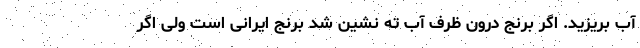
آب بریزید. اگر برنج درون ظرف آب ته نشین شد برنج ایرانی است ولی اگر